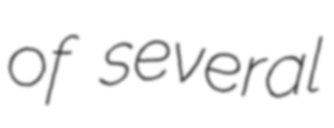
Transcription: of several